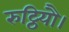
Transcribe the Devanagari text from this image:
रुट्ठियौ।